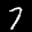
Label: 7